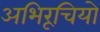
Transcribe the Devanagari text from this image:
अभिरूचियो